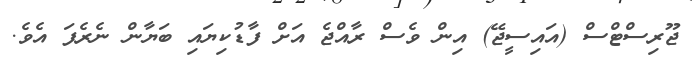
ޖޫރިސްޓްސް (އައިސީޖޭ) އިން ވެސް ރާއްޖެ އަށް ފާޑުކިޔައި ބަޔާން ނެރެފަ އެވެ.